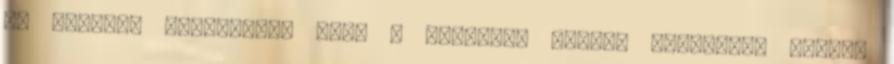
jó célokra használják majd a jövőben, hiszen iskolákba viszik